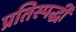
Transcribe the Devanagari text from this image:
प्रतिस्पर्द्धी